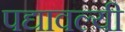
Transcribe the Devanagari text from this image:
पद्यावल्यी